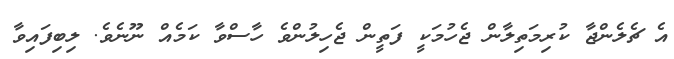
އެ ޗެލެންޖާ ކުރިމަތިލާން ޖެހުމަކީ ފަތީން ޖެހިލުންވެ ހާސްވާ ކަމެއް ނޫނެވެ. ލިބިފައިވާ